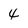
Character: 4